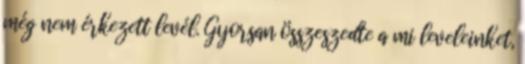
még nem érkezett levél. Gyorsan összeszedte a mi leveleinket,